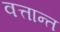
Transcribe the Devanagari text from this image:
वत्तान्त